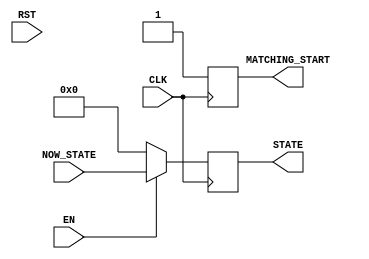
//REGISTER.v
module REGISTER(CLK, RST, EN, NOW_STATE, STATE, MATCHING_START);
input CLK;
input RST;
input EN;
input [7:0] NOW_STATE;
output [7:0] STATE;
reg [7:0] STATE;
output MATCHING_START;
reg MATCHING_START;


always@ (posedge CLK) begin
  if(EN == 1)begin
    STATE <= NOW_STATE;
    MATCHING_START = 1;
  end else
    STATE = 0;
    MATCHING_START = 1;
end

endmodule